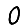
Digit: 0